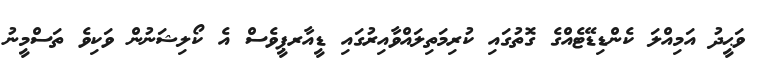
ވަޙީދު އަމިއްލަ ކެންޑިޑޭޓެއްގެ ގޮތުގައި ކުރިމަތިލައްވާއިރުގައި ޑީއާރޕީވެސް އެ ކޯލިޝަނުން ވަކިވެ ތަސްމީނު